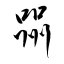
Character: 喌